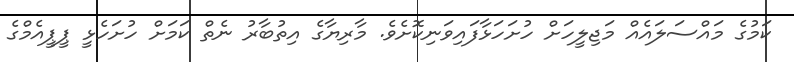
ކަމުގެ މައްސަލައެއް މަޖިލީހަށް ހުށަހަޅާފައިވަނިކޮށެވެ. މާރިޔާގެ އިތުބާރު ނެތް ކަމަށް ހުށަހެޅީ ޕީޕީއެމްގެ